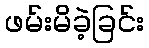
ဖမ်းမိခဲ့ခြင်း